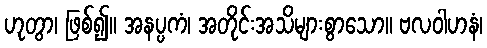
ဟုတွာ၊ ဖြစ်၍။ အနပ္ပကံ၊ အတိုင်းအသိများစွာသော။ ဗလဝါဟနံ၊